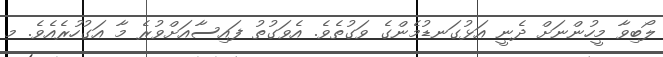
ލޯބިވާ މީހުންނަށް ދެނީ އަޅުގަނޑުމެންގެ ވަގުތެވެ. އެވަގުތު ފައިސާއަށްވުރެ މާ އަގުހުރެއެވެ. މ